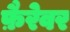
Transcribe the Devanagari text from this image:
फ़ैरेवर